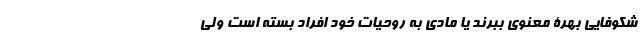
شکوفایی بهرۀ معنوی ببرند یا مادی به روحیات خود افراد بسته است ولی